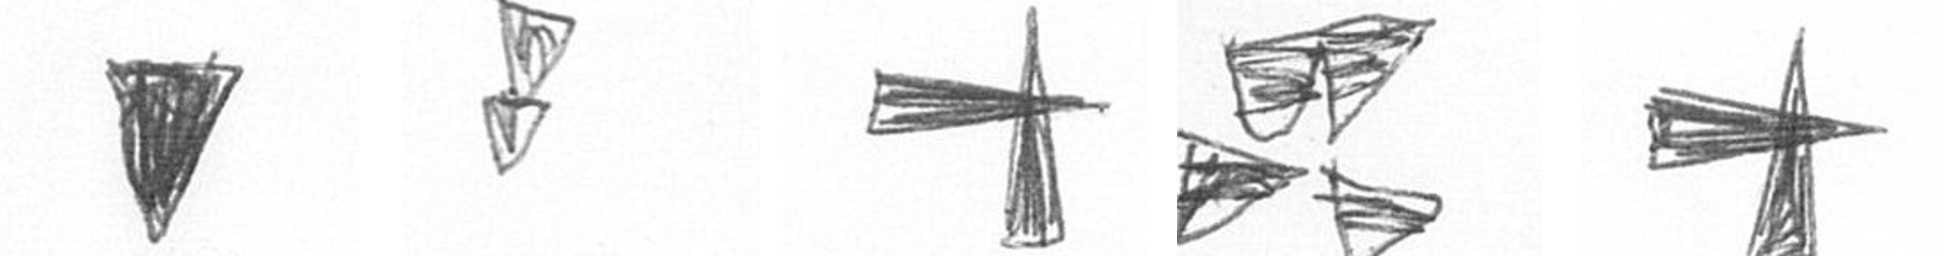
J Z G B G